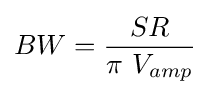
BW={\frac {SR}{\pi ~V_{amp}}}